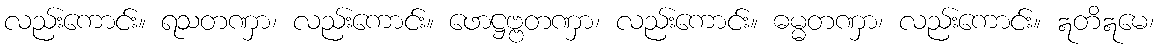
လည်းကောင်း။ ရသတဏှာ၊ လည်းကောင်း။ ဖောဋ္ဌဗ္ဗတဏှာ၊ လည်းကောင်း။ ဓမ္မတဏှာ၊ လည်းကောင်း။ ဣတိဣမေ၊